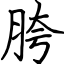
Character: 胯